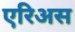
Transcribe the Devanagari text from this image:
एरिअस